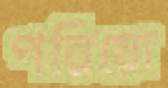
পরিয়ো